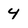
Character: 4